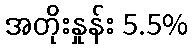
အတိုးနှုန်း 5.5%